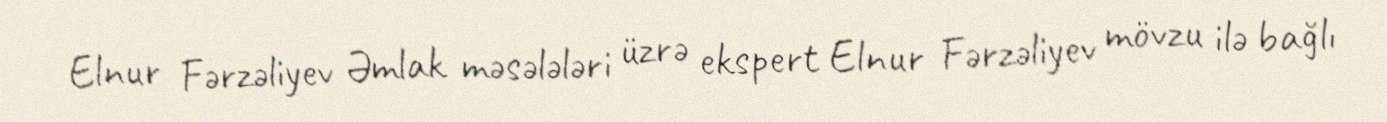
Elnur Fərzəliyev Əmlak məsələləri üzrə ekspert Elnur Fərzəliyev mövzu ilə bağlı